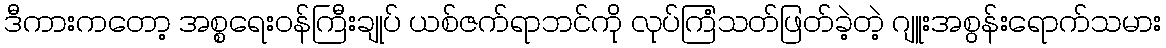
ဒီကားကတော့ အစ္စရေးဝန်ကြီးချုပ် ယစ်ဇက်ရာဘင်ကို လုပ်ကြံသတ်ဖြတ်ခဲ့တဲ့ ဂျူးအစွန်းရောက်သမား